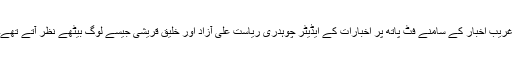
غریب اخبار کے سامنے فٹ پاتھ پر اخبارات کے ایڈیٹر چوہدری ریاست علی آزاد اور خلیق قریشی جیسے لوگ بیٹھے نظر آتے تھے۔